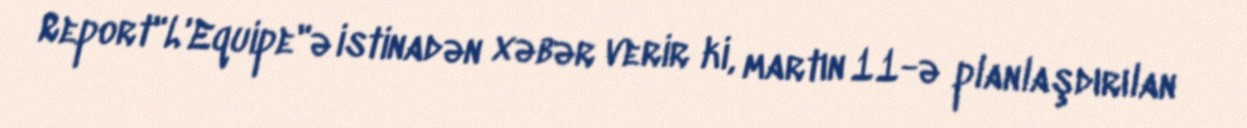
Report"L'Equipe"ə istinadən xəbər verir ki, martın 11-ə planlaşdırılan